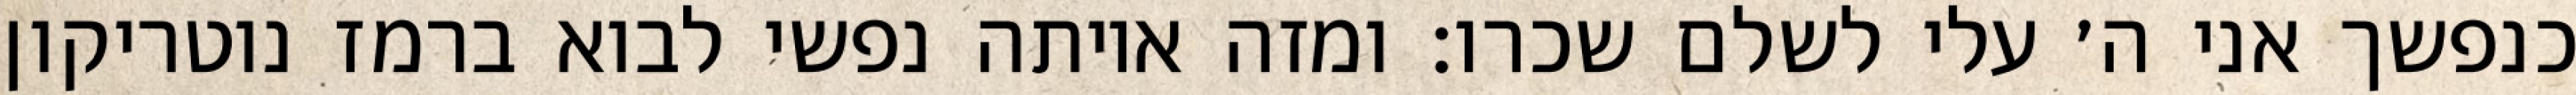
כנפשך אני ה׳ עלי לשלם שכרו: ומזה איותה נפשי לבוא ברמז נוטריקון